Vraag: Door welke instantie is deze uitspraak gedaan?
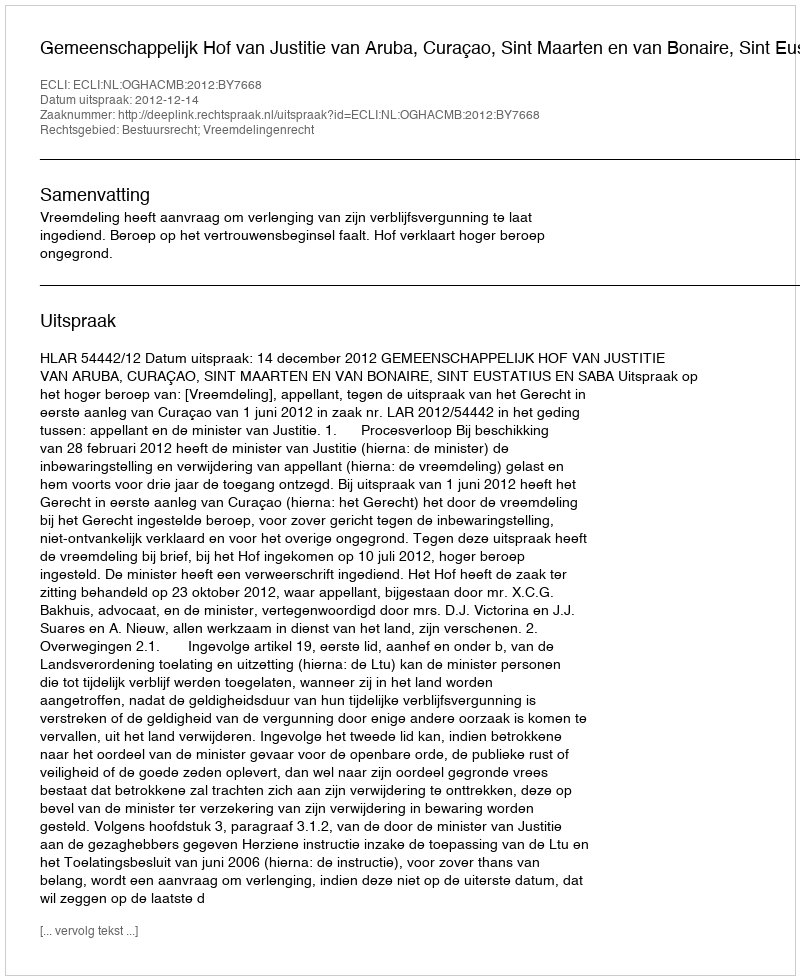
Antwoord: Gemeenschappelijk Hof van Justitie van Aruba, Curaçao, Sint Maarten en van Bonaire, Sint Eustatius en Saba